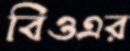
বিওএর